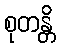
စုတန္တိ